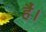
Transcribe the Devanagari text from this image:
हैं।